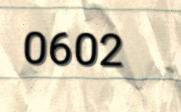
0602